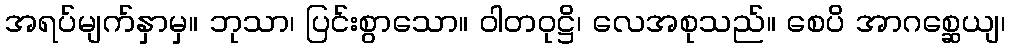
အရပ်မျက်နှာမှ။ ဘုသာ၊ ပြင်းစွာသော။ ဝါတဝုဋ္ဌိ၊ လေအစုသည်။ စေပိ အာဂစ္ဆေယျ၊